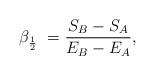
LaTeX: \begin{align*}\beta_{{1\over 2}} \ = {{S_{B}-S_{A}}\over E_{B}-E_{A}},\end{align*}